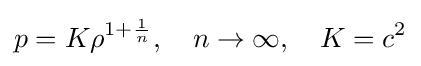
p=K\rho ^{1+{\frac {1}{n}}},\quad n\to \infty ,\quad K=c^{2}